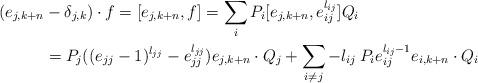
LaTeX: \begin{align*} (e_{j,k+n} &- \delta_{j,k}) \cdot f = [e_{j,k+n},f] = \sum_{i}P_{i} [e_{j,k+n},e_{ij}^{l_{ij}}] Q_{i}\\ &= P_{j} ((e_{jj}-1)^{l_{jj}}-e_{jj}^{l_{jj}}) e_{j,k+n}\cdot Q_{j} + \sum_{i \neq j}-l_{ij} \: P_{i} e_{ij}^{l_{ij}-1} e_{i,k+n}\cdot Q_{i}\end{align*}